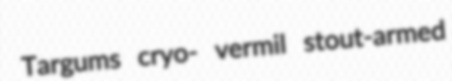
Targums cryo- vermil stout-armed